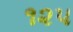
૧૨૫